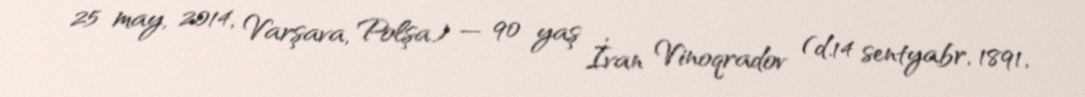
25 may, 2014, Varşava, Polşa) — 90 yaş İvan Vinoqradov (d.14 sentyabr, 1891,